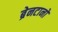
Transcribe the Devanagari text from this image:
ब्रेनटानो